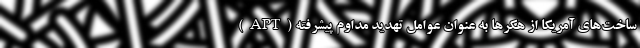
ساخت‌های آمریکا از هکرها به عنوان عوامل تهدید مداوم پیشرفته (APT)